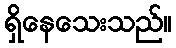
ရှိနေသေးသည်။